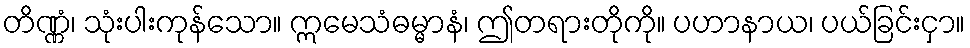
တိဏ္ဏံ၊ သုံးပါးကုန်သော။ ဣမေသံဓမ္မာနံ၊ ဤတရားတိုကို။ ပဟာနာယ၊ ပယ်ခြင်းငှာ။